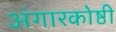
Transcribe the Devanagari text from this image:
अंगारकोष्ठी